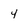
Character: 4